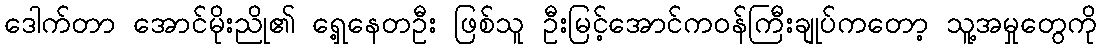
ဒေါက်တာ အောင်မိုးညို၏ ရှေ့နေတဦး ဖြစ်သူ ဦးမြင့်အောင်ကဝန်ကြီးချုပ်ကတော့ သူ့အမှုတွေကို